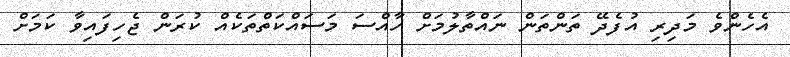
އެހެންވެ މަދިރި އުފެދޭ ތަންތަން ނައްތާލުމަށް ހާއްސަ މަސައްކަތްތަކެއް ކުރަން ޖެހިފައިވާ ކަމަށް